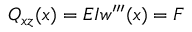
Q _ { x z } ( x ) = E I w ^ { \prime \prime \prime } ( x ) = F